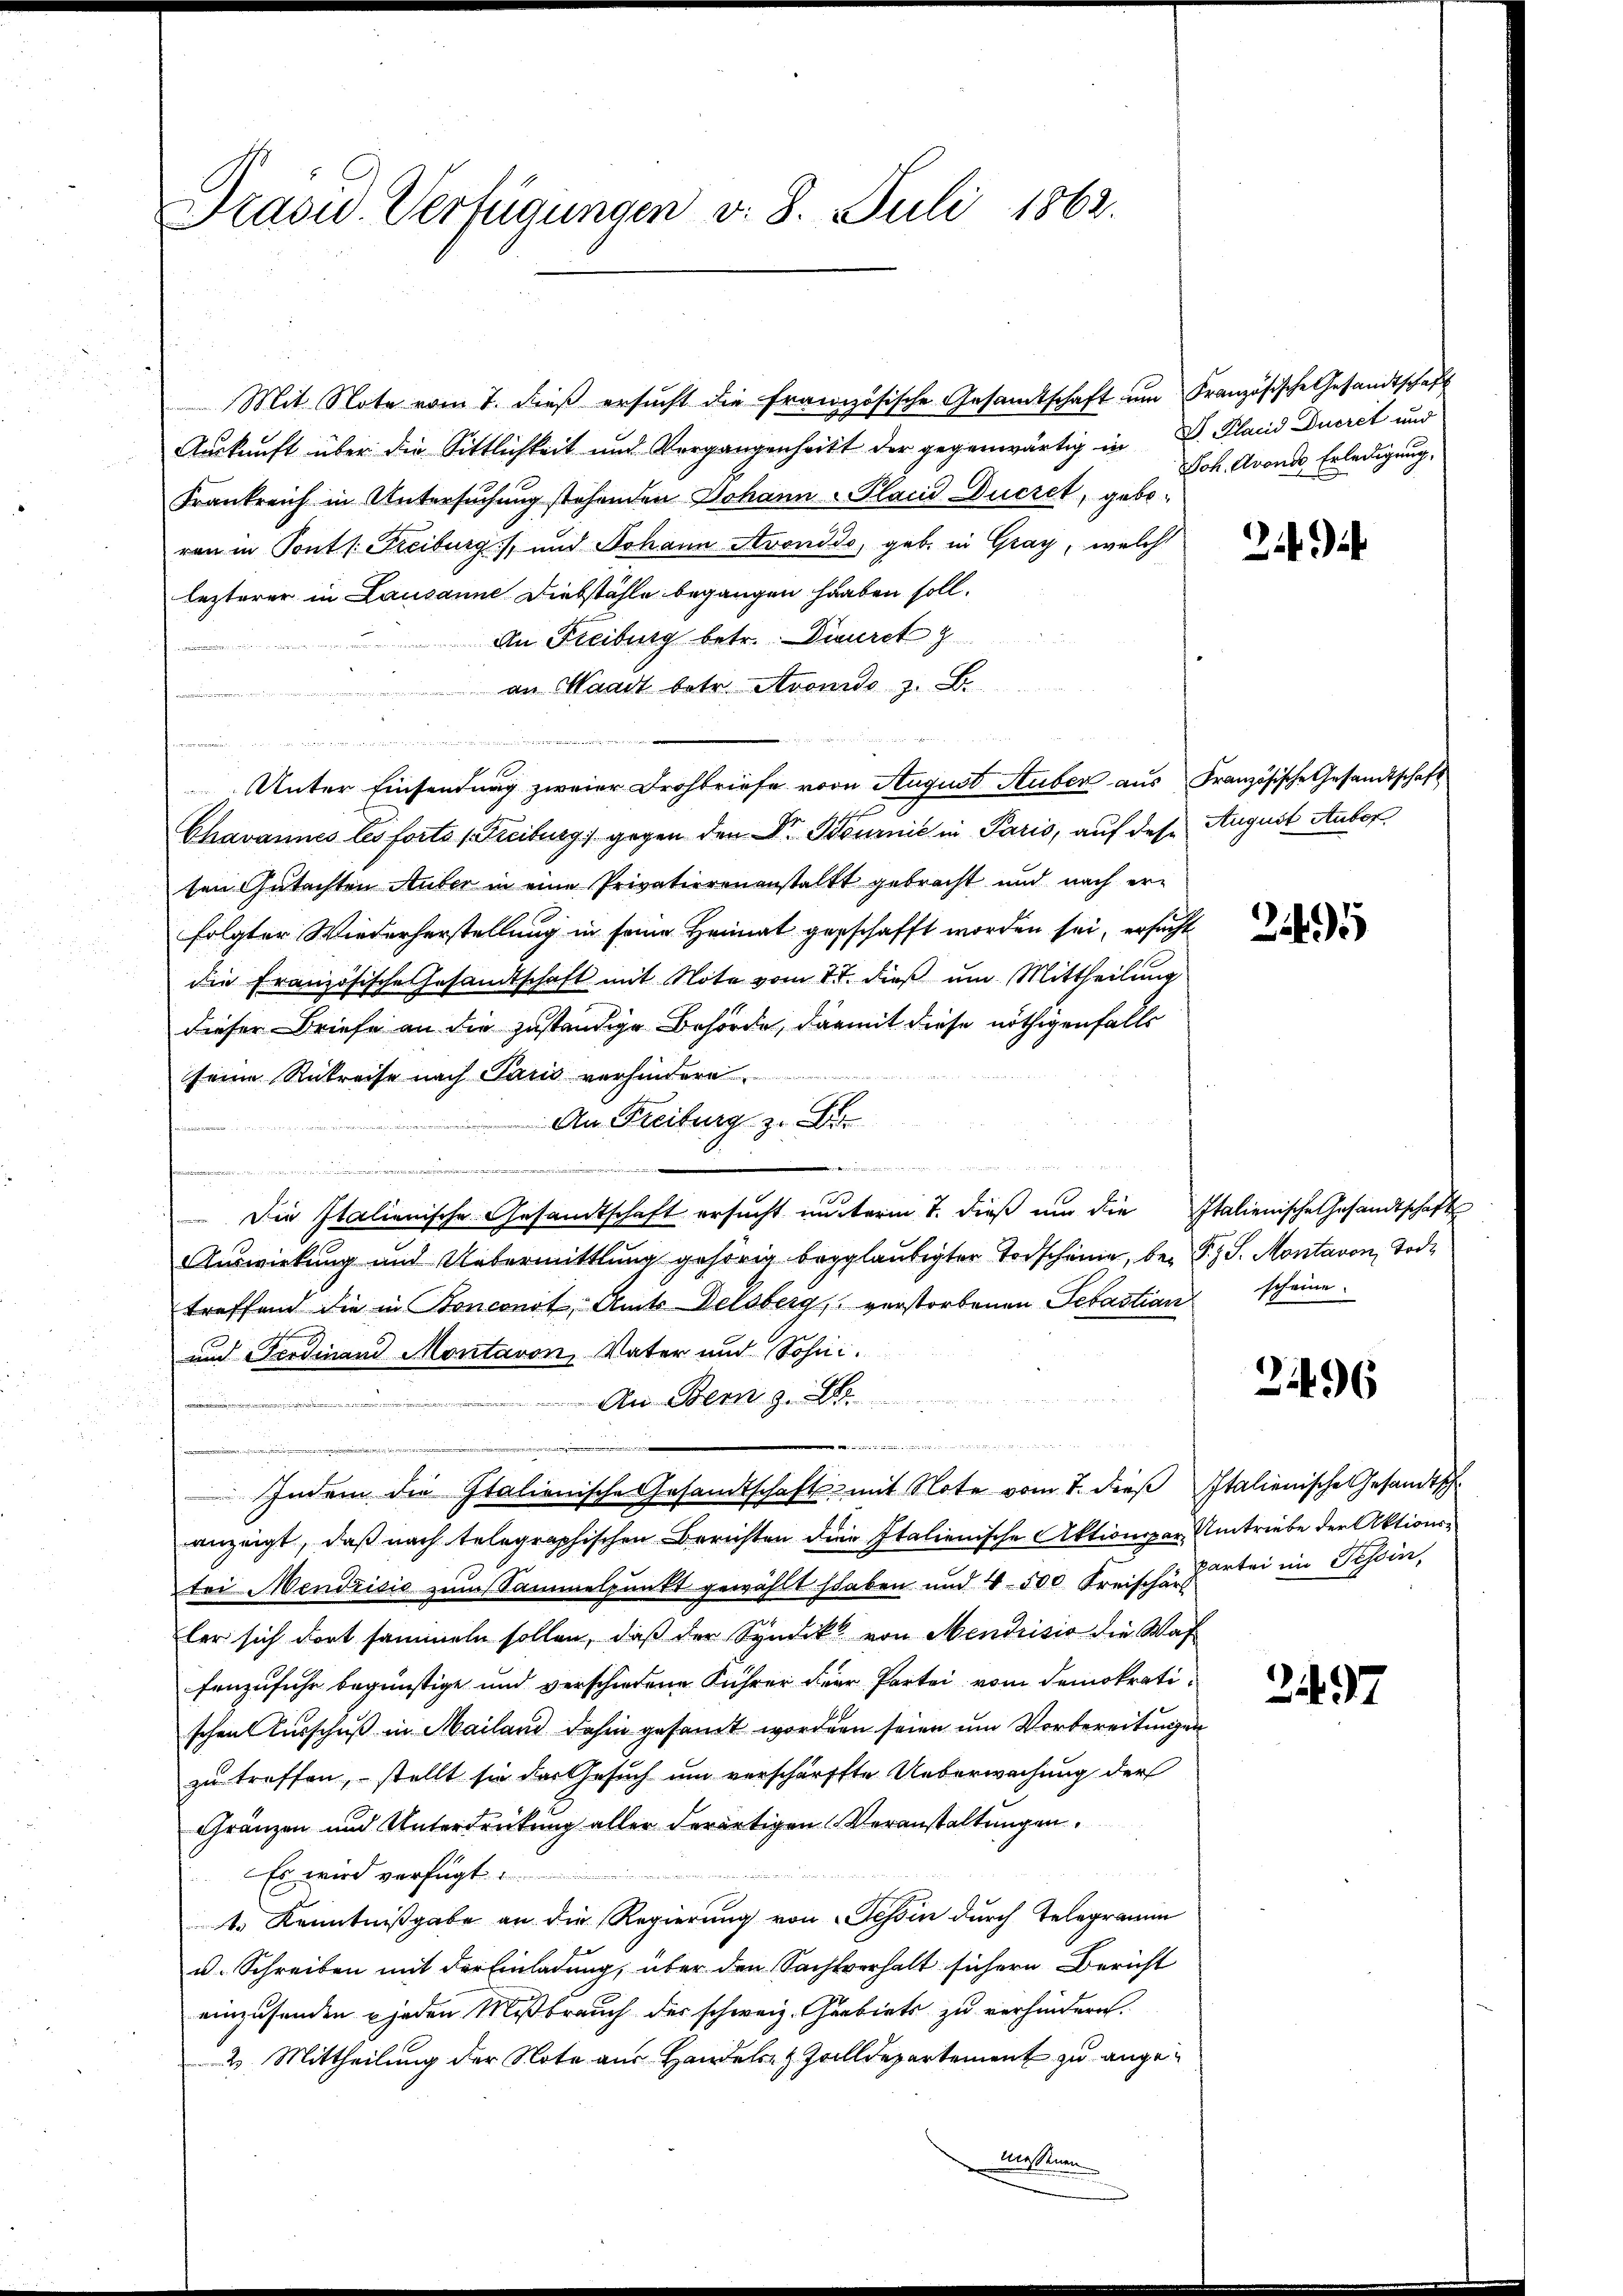
Drasw. Verfügungen v. 8. Juli 1862.

Mit Note vom 1. dieß ersucht die französische Gesandtschaft um Französische Gesandtschaft
Auskunft über die Sittlichkeit und Vergangenheitt der gegenwärtig in D. Pland Ducret und
Frankreich in Untersuchung stehenden Johann Placid Decret, geberan in Pont /: Freiburg), und Johann Avonddo, geb. in Gray, welche
lezterer in Lausanne Diebstähle begangen haaben soll.
An Freiburg betr. Diurct z
ieen er zu wenig werden
an Waadt betr. Avonds z. B.
e
   und in die an das Ges. Augen
Unter Einsendung zweier Drohbriefe von August Huber aus Französische Gesandtschaft
Chavannes les forts (Freiburg gegen den Dr. Bournić in Paris, auf des August Auber,
ten Gutachten Auber in eine Privatierenanstalkt gebracht und nach erfolgter Wiederherstellung in seine Heimat geschafft worden sei, ersucht
die Französische Gesandtschaft mit Note vom 4t. dieß um Mittheilung
dieser Briefe an die zuständige Behörde, damit diese nöthigenfalls
seine Rükreise nach Paris verhindere.
An Freiburg z. B.
dammann in der
den
.
 Die Italienische Gesandtschaft ersucht unterm 7. dieß um die Italienische Gesandtschaft
Auswirkung und Uebermittlung gehörig beglaubigter Todscheine, bei P.S. Montavon, Tode
treffend die in Ronconot Amts Delsberg, verstorbenen Sebastian scheine
und Ferdinand Montavon, Vater und Sohni.
An Bern z. B
s
xtern eine
.
Indem die Italienische Gesandtschaft mit Note vom 7. dieß Italienische Gesandtsch
anzeigt, daß nach telegraphischen Berichten dein Italienische Aktionspar Umtriebe der Aktionstei Mendrisis zum Sammelpunkt gewählt haben und 4 500 Freische hartei im Tessin,
ler sich dort sammeln sollen, daß der Syndikt von Mendrisio die Wasfenzufuhr begünstige und verschiedene Führer Herr Partei von demokratischen Ausschuß in Mailand dahin gesamt worden seien um Vorbereitungen
zu treffen, stellt sie der Gesuch um verschärfte Ueberwachung der
Gränzen und Unterdrückung aller derartigen Veranstaltungen.

Es wird verfügt:
1. Kenntnißgabe an die Regierung von Tessin durch Telegramm
u. Schreiben mit der Einladung, über den Sachverhalt sichern Bericht
einzusenden u jeden Mißbrauch des schweiz. Gebiets zu verhindern.
2 Mittheilung der Note aus Handels- & Zolldepartement zu angemessenen

Joh. Avonds Erledigung.

249

245

2496

2497